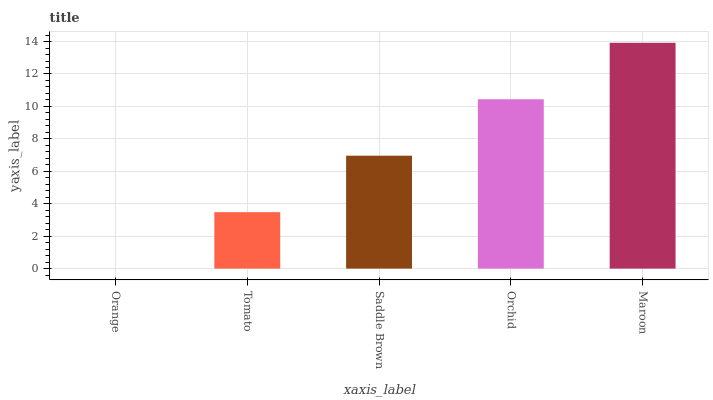
| xaxis_label | bars |
 | --- | --- |
 | Orange | 0 |
 | Tomato | 3.48 |
 | Saddle Brown | 6.96 |
 | Orchid | 10.4 |
 | Maroon | 13.9 |